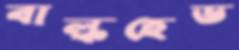
বাল্কহেড